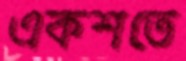
একশতে